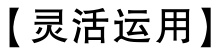
【灵活运用】